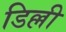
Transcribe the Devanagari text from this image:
डिल्ली